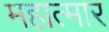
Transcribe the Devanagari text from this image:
महात्मार